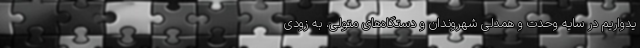
یدواریم در سایه وحدت و همدلی شهروندان و دستگاه‌های متولی، به زودی